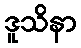
ဒူသိနာ